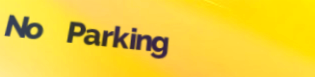
No Parking